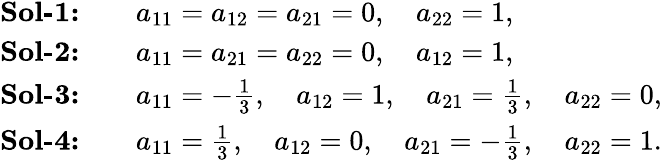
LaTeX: \begin{array}{rl}{\textbf{Sol-1:}\quad}&{a_{11}=a_{12}=a_{21}=0,\quad a_{22}=1,}\\ {\textbf{Sol-2:}\quad}&{a_{11}=a_{21}=a_{22}=0,\quad a_{12}=1,}\\ {\textbf{Sol-3:}\quad}&{a_{11}=-\frac{1}{3},\quad a_{12}=1,\quad a_{21}=\frac{1}{3},\quad a_{22}=0,}\\ {\textbf{Sol-4:}\quad}&{a_{11}=\frac{1}{3},\quad a_{12}=0,\quad a_{21}=-\frac{1}{3},\quad a_{22}=1.}\end{array}